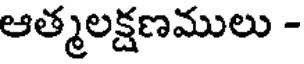
ఆత్మలక్షణములు -